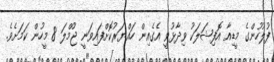
ފުލުހުންގެ މީޑިއާ އޮފިޝަލަކު ވިދާޅުވީ އެގެއިން ހައްޔަރުކޮށްފައިވަނީ ޖުމްލަ 8 މީހުން ކަމަށެވެ.